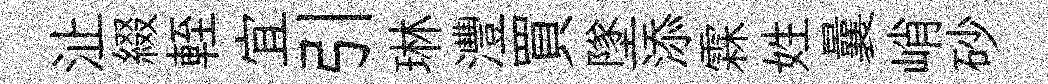
沚綴輊宜引琳灃買墜添霖姓曩峭砂